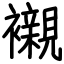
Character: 襯